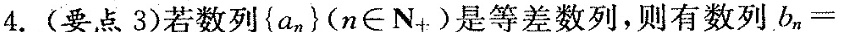
4.(要点3)若数列{an}(n∈N+)是等差数列，则有数列bn=